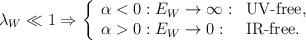
LaTeX: \begin{align*}\lambda_{W} \ll 1 \Rightarrow\left\{ \begin{array}{lll}\alpha < 0: E_{W} \rightarrow \infty: & \mbox{UV-free,}\\\alpha > 0: E_{W} \rightarrow 0: & \mbox{IR-free.}\end{array}\right.\end{align*}